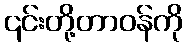
၎င်းတို့တာဝန်ကို